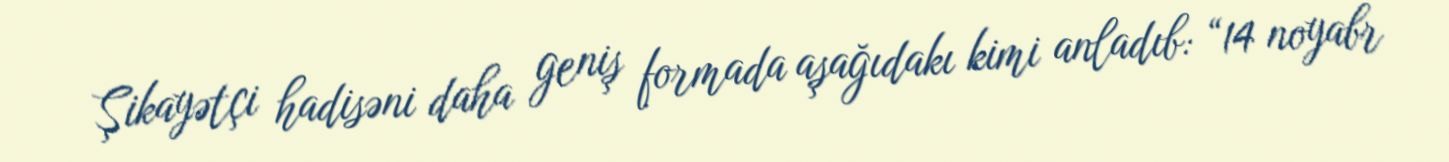
Şikayətçi hadisəni daha geniş formada aşağıdakı kimi anladıb: “14 noyabr